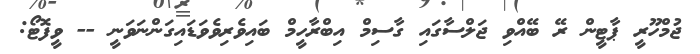
ޖުމްހޫރީ ޕާޓީން ރޭ ބޭއްވި ޖަލްސާގައި ގާސިމް އިބްރާހީމް ބައިވެރިވެވަޑައިގަންނަވަނީ -- ވީފޮޓޯ: